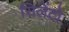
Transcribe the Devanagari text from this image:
सिलेंटो